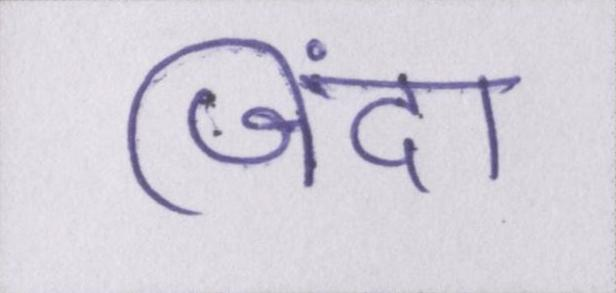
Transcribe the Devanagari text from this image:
जिंदा